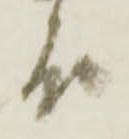
殿